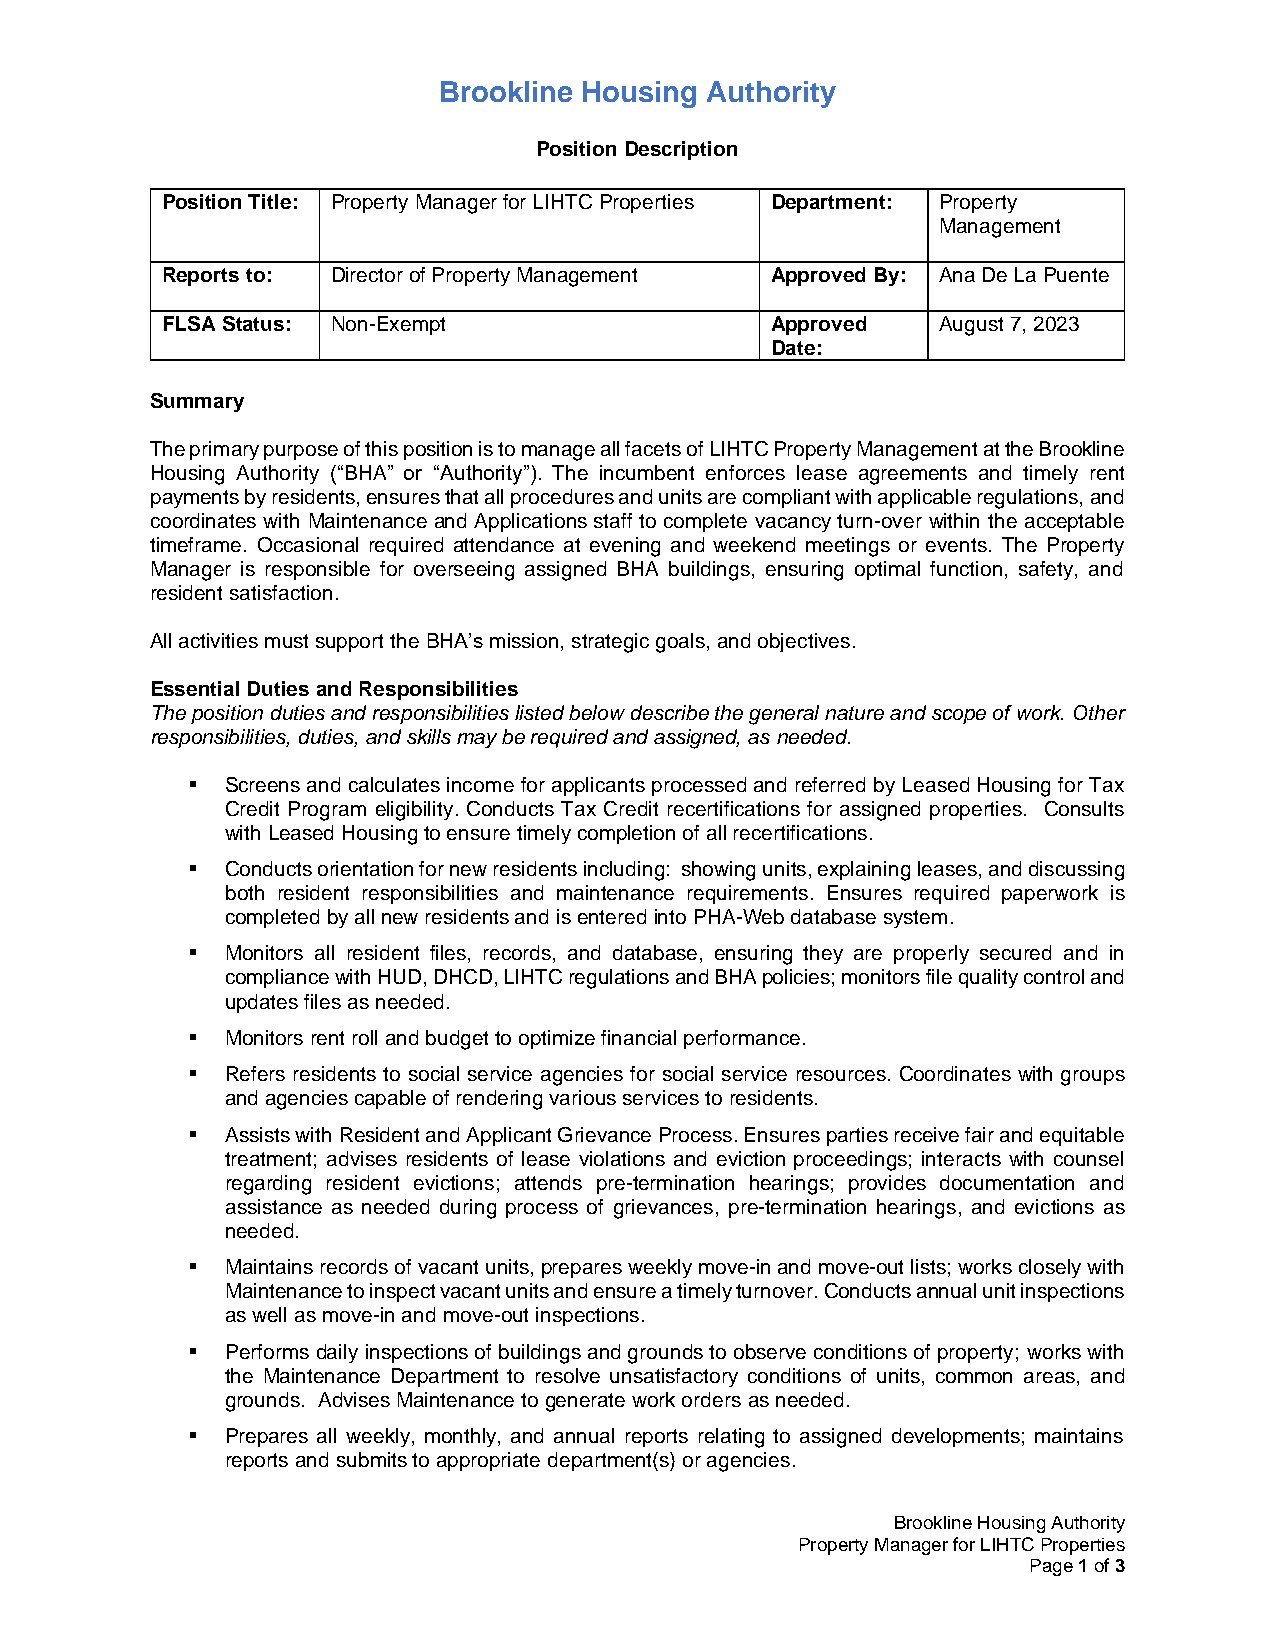
Brookline Housing Authority
 Position Description
 Position Title: Property Manager for LIHTC Properties Department: Property
 Management
 Reports to: Director of Property Management Approved By: Ana De La Puente
 FLSA Status: Non-Exempt                 Approved   August 7, 2023
 Date:
 Summary
 The primary purpose of this position is to manage all facets of LIHTC Property Management at the Brookline
 Housing Authority (“BHA” or “Authority”). The incumbent enforces lease agreements and timely rent
 payments by residents, ensures that all procedures and units are compliant with applicable regulations, and
 coordinates with Maintenance and Applications staff to complete vacancy turn-over within the acceptable
 timeframe. Occasional required attendance at evening and weekend meetings or events. The Property
 Manager is responsible for overseeing assigned BHA buildings, ensuring optimal function, safety, and
 resident satisfaction.
 All activities must support the BHA’s mission, strategic goals, and objectives.
 Essential Duties and Responsibilities
 The position duties and responsibilities listed below describe the general nature and scope of work. Other
 responsibilities, duties, and skills may be required and assigned, as needed.
 ▪  Screens and calculates income for applicants processed and referred by Leased Housing for Tax
 Credit Program eligibility. Conducts Tax Credit recertifications for assigned properties. Consults
 with Leased Housing to ensure timely completion of all recertifications.
 ▪  Conducts orientation for new residents including: showing units, explaining leases, and discussing
 both resident responsibilities and maintenance requirements. Ensures required paperwork is
 completed by all new residents and is entered into PHA-Web database system.
 ▪  Monitors all resident files, records, and database, ensuring they are properly secured and in
 compliance with HUD, DHCD, LIHTC regulations and BHA policies; monitors file quality control and
 updates files as needed.
 ▪  Monitors rent roll and budget to optimize financial performance.
 ▪  Refers residents to social service agencies for social service resources. Coordinates with groups
 and agencies capable of rendering various services to residents.
 ▪  Assists with Resident and Applicant Grievance Process. Ensures parties receive fair and equitable
 treatment; advises residents of lease violations and eviction proceedings; interacts with counsel
 regarding resident evictions; attends pre-termination hearings; provides documentation and
 assistance as needed during process of grievances, pre-termination hearings, and evictions as
 needed.
 ▪  Maintains records of vacant units, prepares weekly move-in and move-out lists; works closely with
 Maintenance to inspect vacant units and ensure a timely turnover. Conducts annual unit inspections
 as well as move-in and move-out inspections.
 ▪  Performs daily inspections of buildings and grounds to observe conditions of property; works with
 the Maintenance Department to resolve unsatisfactory conditions of units, common areas, and
 grounds. Advises Maintenance to generate work orders as needed.
 ▪  Prepares all weekly, monthly, and annual reports relating to assigned developments; maintains
 reports and submits to appropriate department(s) or agencies.
 Brookline Housing Authority
 Property Manager for LIHTC Properties
 Page 1 of 3